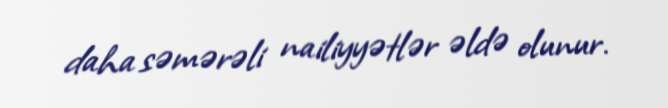
daha səmərəli nailiyyətlər əldə olunur.